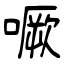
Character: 噘